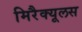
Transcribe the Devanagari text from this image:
मिरैक्यूलस